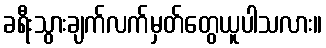
ခရီးသွားချက်လက်မှတ်တွေယူပါသလား။